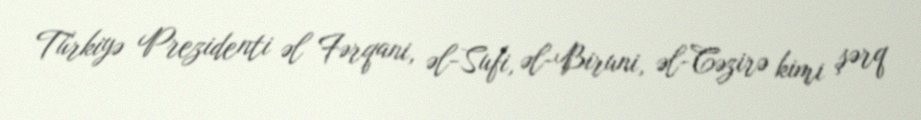
Türkiyə Prezidenti əl Fərqani, əl-Sufi, əl-Biruni, əl-Cəzirə kimi şərq